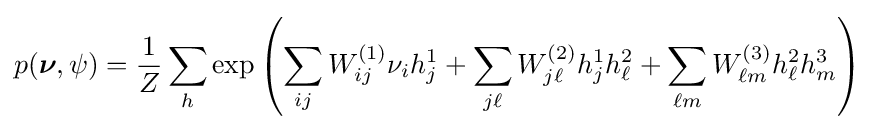
p({\boldsymbol {\nu }},\psi )={\frac {1}{Z}}\sum _{h}\exp \left(\sum _{ij}W_{ij}^{(1)}\nu _{i}h_{j}^{1}+\sum _{j\ell }W_{j\ell }^{(2)}h_{j}^{1}h_{\ell }^{2}+\sum _{\ell m}W_{\ell m}^{(3)}h_{\ell }^{2}h_{m}^{3}\right)